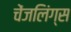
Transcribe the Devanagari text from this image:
चेंजलिंग्स